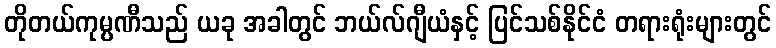
တိုတယ်ကုမ္ပဏီသည် ယခု အခါတွင် ဘယ်လ်ဂျီယံနှင့် ပြင်သစ်နိုင်ငံ တရားရုံးများတွင်